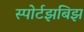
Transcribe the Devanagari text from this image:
स्पोर्टझबिझ